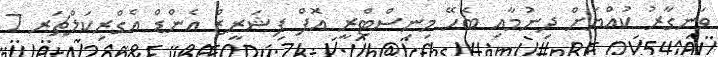
ވަނގާރު ކުއްޔަށް ދިނުމާއި ބެހޭ މިނިސްޓްރީ އޮފް ފިޝަރީޒް އެންޑް އެގްރިކަލްޗަރ 7